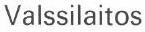
Valssilaitos